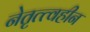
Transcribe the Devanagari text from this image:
नेतृत्त्वहीन